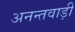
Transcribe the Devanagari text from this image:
अनन्तवाड़ी